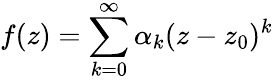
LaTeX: f(z)=\sum_{k=0}^{\infty}\alpha_{k}(z-z_{0})^{k}